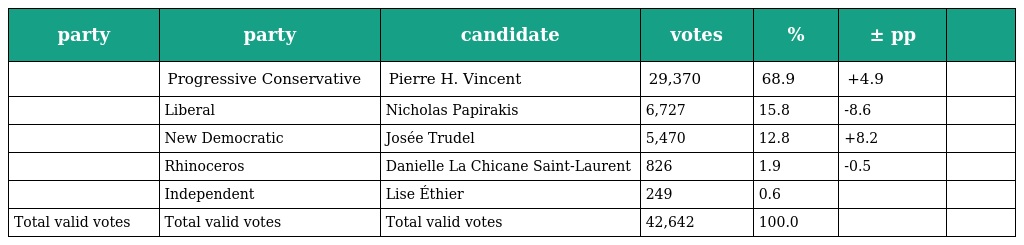
| party | party | candidate | votes | % | ± pp |  |
 | --- | --- | --- | --- | --- | --- | --- |
 |  | Progressive Conservative | Pierre H. Vincent | 29,370 | 68.9 | +4.9 |  |
 |  | Liberal | Nicholas Papirakis | 6,727 | 15.8 | -8.6 |  |
 |  | New Democratic | Josée Trudel | 5,470 | 12.8 | +8.2 |  |
 |  | Rhinoceros | Danielle La Chicane Saint-Laurent | 826 | 1.9 | -0.5 |  |
 |  | Independent | Lise Éthier | 249 | 0.6 |  |  |
 | Total valid votes | Total valid votes | Total valid votes | 42,642 | 100.0 |  |  |